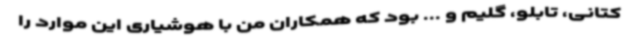
کتانی، تابلو، گلیم و ... بود که همکاران من با هوشیاری این موارد را